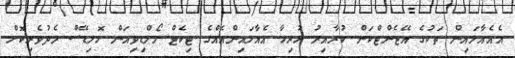
އެއެއާލައިން ތަކުގެ އޭޖެންޓްކަން ކުރާއިރު ހުރިހާ އެއާލައިންއެއްގެ ޓިކެޓް މޯލްޑިވިއަން ހޮލިޑޭސް މެދުވެރިކޮށް